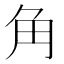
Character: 角